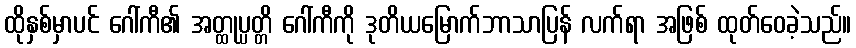
ထိုနှစ်မှာပင် ဂေါ်ကီ၏ အတ္ထုပ္ပတ္တိ ဂေါ်ကီကို ဒုတိယမြောက်ဘာသာပြန် လက်ရာ အဖြစ် ထုတ်ဝေခဲ့သည်။